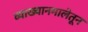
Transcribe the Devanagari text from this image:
व्याख्यानमालेतून